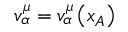
v _ { \alpha } ^ { \mu } = v _ { \alpha } ^ { \mu } \left( x _ { A } \right)